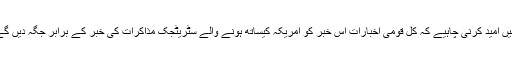
ہمیں امید کرنی چاہیے کہ کل قومی اخبارات اس خبر کو امریکہ کیساتھ ہونے والے سٹریٹجک مذاکرات کی خبر کے برابر جگہ دیں گے۔